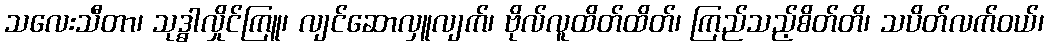
သလေးသီတာ၊ သုဒ္ဓါလှိုင်ကြူ၊ လျင်ဆောလှူလျက်၊ ဗိုလ်လူထိတ်ထိတ်၊ ကြည်သည့်စိတ်တိ၊ သပိတ်လက်ဝယ်၊